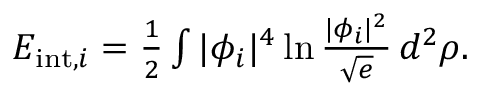
\begin{array} { r } { E _ { \mathrm { i n t } , i } = \frac 1 2 \int | \phi _ { i } | ^ { 4 } \ln \frac { | \phi _ { i } | ^ { 2 } } { \sqrt e } \, d ^ { 2 } \rho . } \end{array}